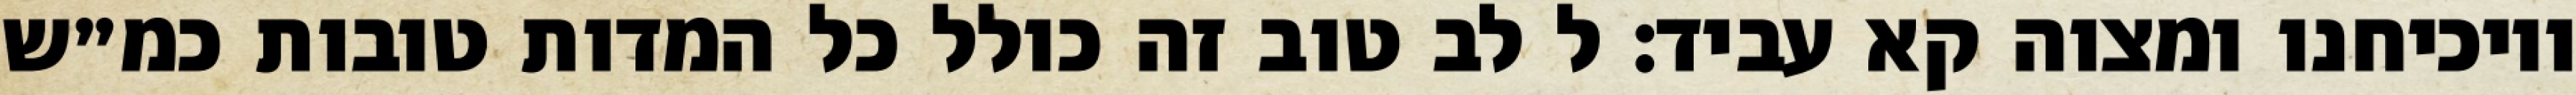
ויוכיחנו ומצוה קא עביד: ל לב טוב זה כולל כל המדות טובות כמ״ש